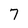
Character: 7